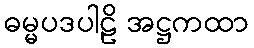
ဓမ္မပဒပါဠိ အဋ္ဌကထာ